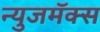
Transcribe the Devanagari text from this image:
न्युजमॅक्स